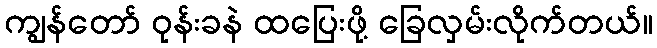
ကျွန်တော် ဝုန်းခနဲ ထပြေးဖို့ ခြေလှမ်းလိုက်တယ်။